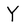
Character: Y